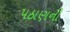
પઠાણની